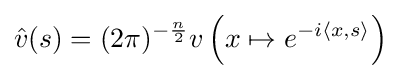
{\hat {v}}(s)=(2\pi )^{-{\frac {n}{2}}}v\left(x\mapsto e^{-i\langle x,s\rangle }\right)